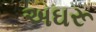
અઘરૂ